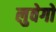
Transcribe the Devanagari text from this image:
लुवेगो